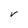
Character: V